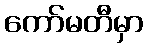
ကော်မတီမှာ